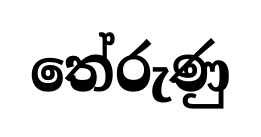
තේරුණු